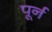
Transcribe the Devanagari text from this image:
पूर्न